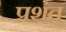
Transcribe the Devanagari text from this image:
प्रशंत